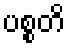
ပစ္စတိ